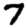
Digit: 7